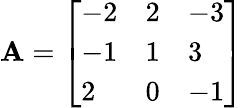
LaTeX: \mathbf{A}={\left[\begin{array}{lll}{-2}&{2}&{-3}\\ {-1}&{1}&{3}\\ {2}&{0}&{-1}\end{array}\right]}